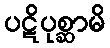
ပဋိပုစ္ဆာမိ